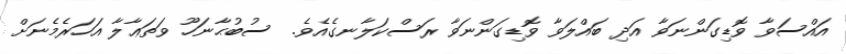
އައްސަވާ ވޮޑިގަންނަވާ އަދި ބައްލަވާ ވޮޑިގަންނަވާ ރަސްކަލާނގެއެވެ.  ސުބުޙާނަހޫ ވަތަޢާލާ އަހަރެމެނަށް